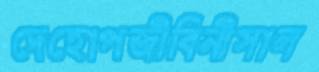
দেহোপজীবিনীসাল